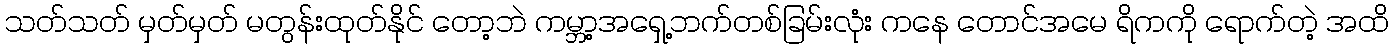
သတ်သတ် မှတ်မှတ် မတွန်းထုတ်နိုင် တော့ဘဲ ကမ္ဘာ့အရှေ့ဘက်တစ်ခြမ်းလုံး ကနေ တောင်အမေ ရိကကို ရောက်တဲ့ အထိ